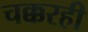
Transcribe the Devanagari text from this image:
चक्करही